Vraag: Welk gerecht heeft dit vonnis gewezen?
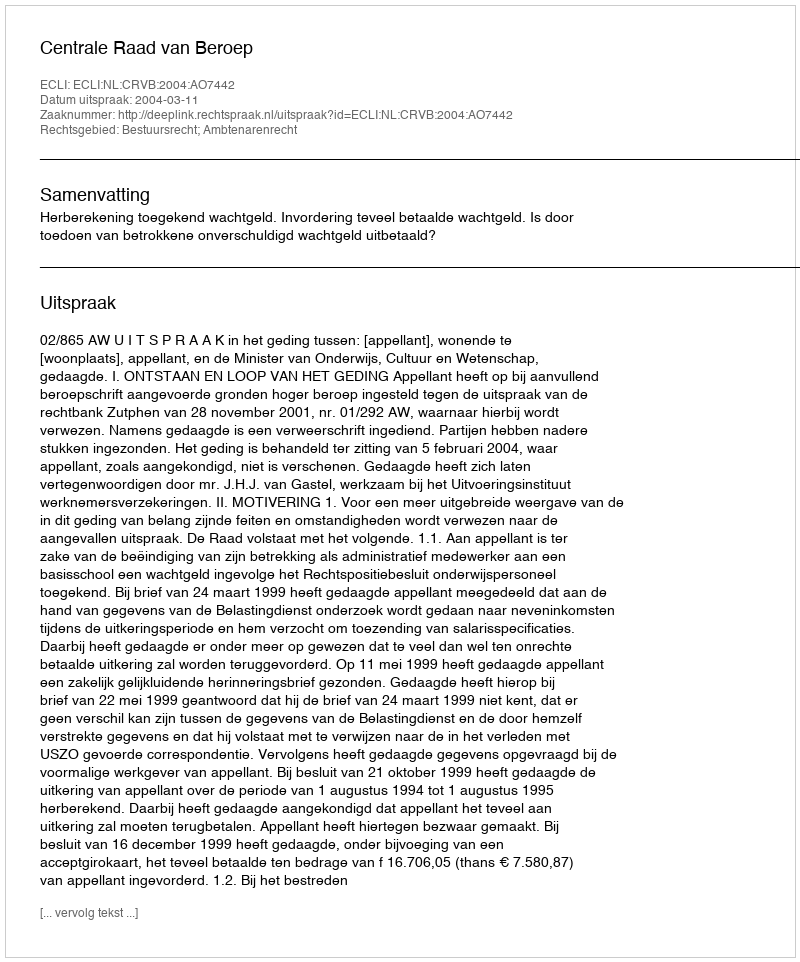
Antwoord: Centrale Raad van Beroep